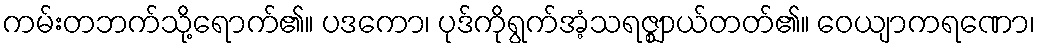
ကမ်းတဘက်သို့ရောက်၏။ ပဒကော၊ ပုဒ်ကိုရွက်အံ့သရဇ္ဈာယ်တတ်၏။ ဝေယျာကရဏော၊